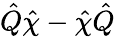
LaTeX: \hat{Q}\hat{\chi}-\hat{\chi}\hat{Q}\,